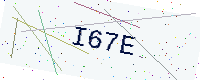
Text: I67E